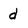
Character: d